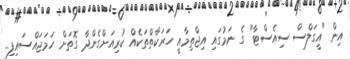
އިން "އީގަލްސް ސިއެސްޓާ" ގެ ނަމުގައި އިޖްތިމާއީ ހަރަކާތްތަކެއް ކުރިއަށްގެންދާ ގޮތަށް ހަމަޖައްސައިފި..